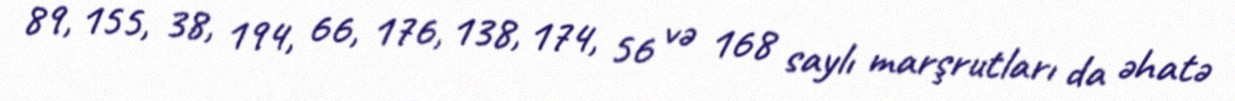
89, 155, 38, 194, 66, 176, 138, 174, 56 və 168 saylı marşrutları da əhatə